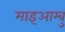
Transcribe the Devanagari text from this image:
माइआम्बु